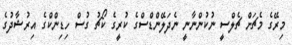
މިރޭގެ މެޗަށް ޗެލްސީ ނުކުންނާނީ ނެދަލޭންޑްސްގެ ކުރީގެ ކޯޗު ގުސް ހިޑިންކްގެ އިރުޝާދުގެ